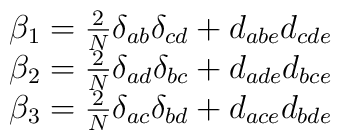
\begin{array}{c}\beta _1=\frac 2N\delta _{ab}\delta _{cd}+d_{abe}d_{cde} \\ \beta _2=\frac 2N\delta _{ad}\delta _{bc}+d_{ade}d_{bce} \\ \beta _3=\frac 2N\delta _{ac}\delta _{bd}+d_{ace}d_{bde}\end{array}